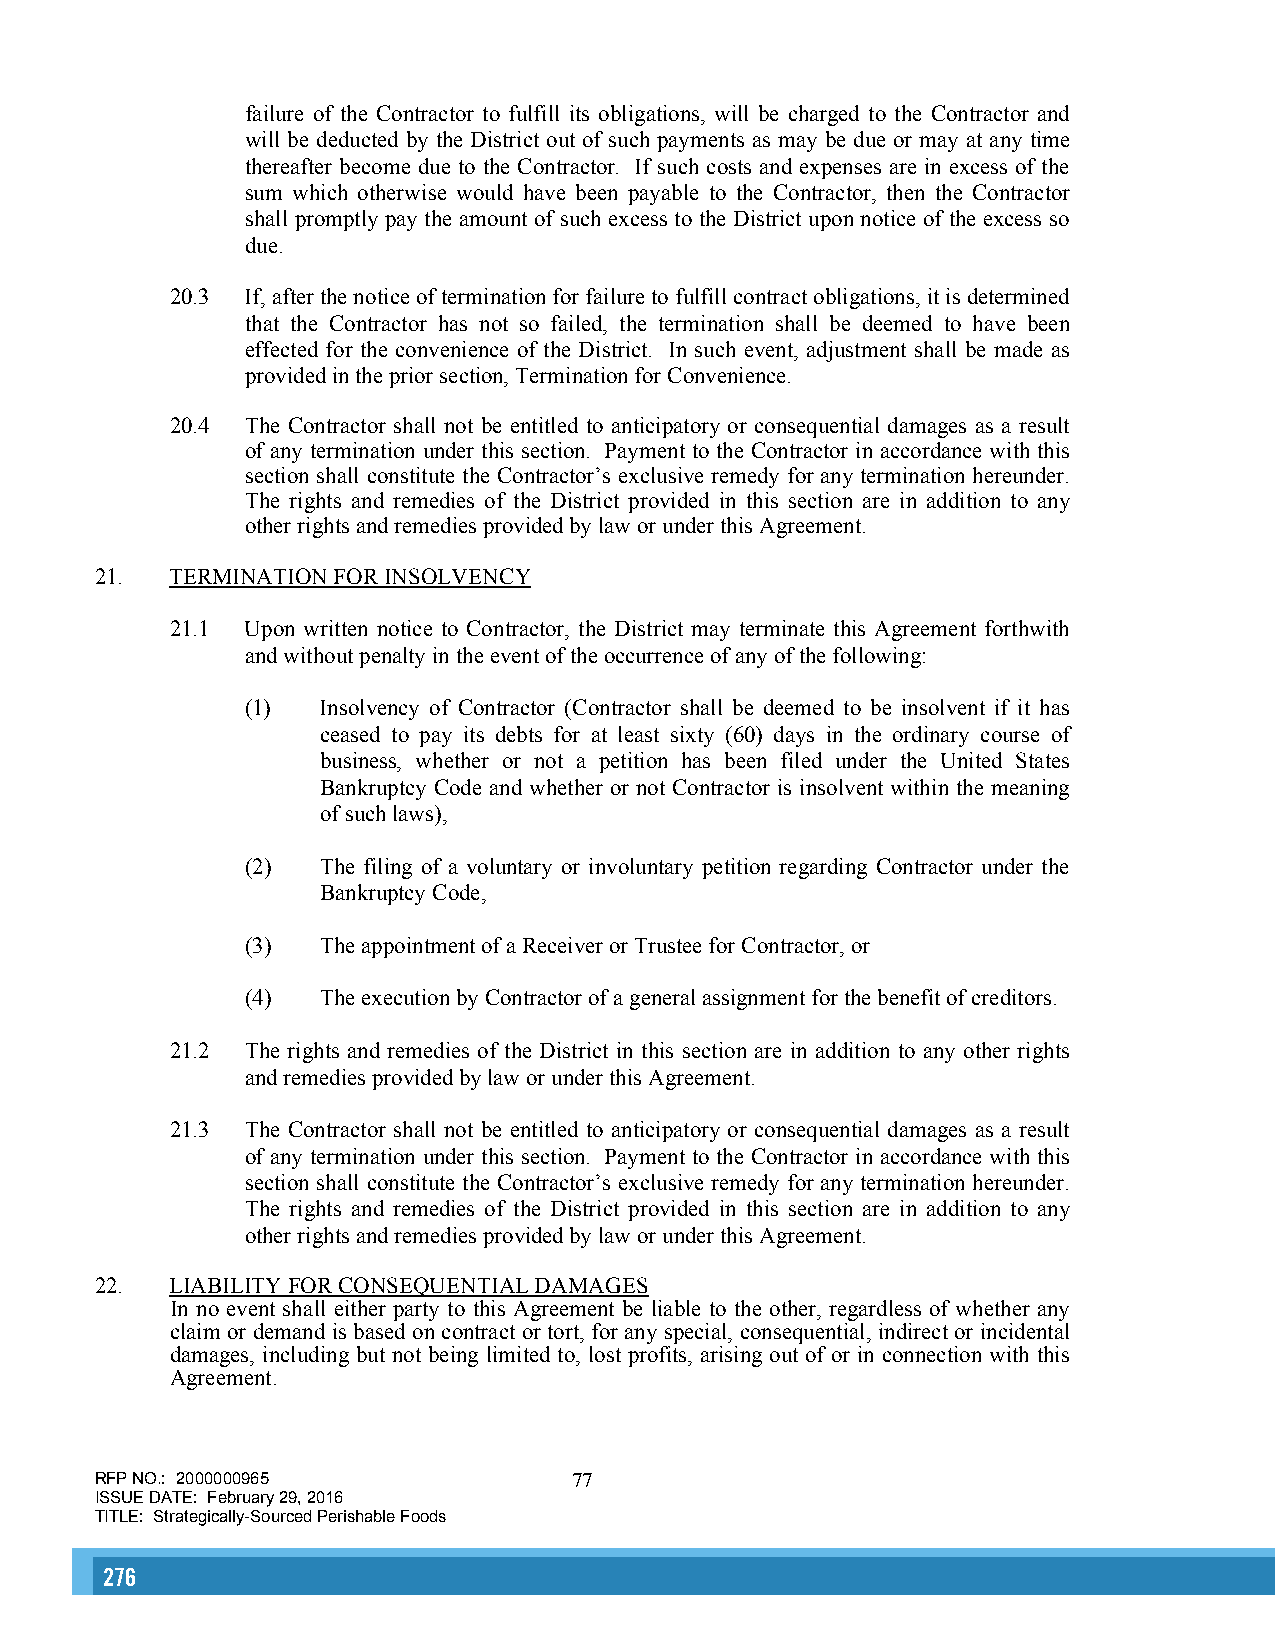
failure of the Contractor to fulfill its obligations, will be charged to the Contractor and
 will be deducted by the District out of such payments as may be due or may at any time
 thereafter become due to the Contractor. If such costs and expenses are in excess of the
 sum which otherwise would have been payable to the Contractor, then the Contractor
 shall promptly pay the amount of such excess to the District upon notice of the excess so
 due.
 20.3 If, after the notice of termination for failure to fulfill contract obligations, it is determined
 that the Contractor has not so failed, the termination shall be deemed to have been
 effected for the convenience of the District. In such event, adjustment shall be made as
 provided in the prior section, Termination for Convenience.
 20.4 The Contractor shall not be entitled to anticipatory or consequential damages as a result
 of any termination under this section. Payment to the Contractor in accordance with this
 section shall constitute the Contractor’s exclusive remedy for any termination hereunder.
 The rights and remedies of the District provided in this section are in addition to any
 other rights and remedies provided by law or under this Agreement.
 21.  TERMINATION FOR INSOLVENCY
 21.1 Upon written notice to Contractor, the District may terminate this Agreement forthwith
 and without penalty in the event of the occurrence of any of the following:
 (1)  Insolvency of Contractor (Contractor shall be deemed to be insolvent if it has
 ceased to pay its debts for at least sixty (60) days in the ordinary course of
 business, whether or not a petition has been filed under the United States
 Bankruptcy Code and whether or not Contractor is insolvent within the meaning
 of such laws),
 (2)  The filing of a voluntary or involuntary petition regarding Contractor under the
 Bankruptcy Code,
 (3)  The appointment of a Receiver or Trustee for Contractor, or
 (4)  The execution by Contractor of a general assignment for the benefit of creditors.
 21.2 The rights and remedies of the District in this section are in addition to any other rights
 and remedies provided by law or under this Agreement.
 21.3 The Contractor shall not be entitled to anticipatory or consequential damages as a result
 of any termination under this section. Payment to the Contractor in accordance with this
 section shall constitute the Contractor’s exclusive remedy for any termination hereunder.
 The rights and remedies of the District provided in this section are in addition to any
 other rights and remedies provided by law or under this Agreement.
 22.  LIABILITY FOR CONSEQUENTIAL DAMAGES
 In no event shall either party to this Agreement be liable to the other, regardless of whether any
 claim or demand is based on contract or tort, for any special, consequential, indirect or incidental
 damages, including but not being limited to, lost profits, arising out of or in connection with this
 Agreement.
 RFP NO.: 2000000965             77
 ISSUE DATE: February 29, 2016
 TITLE: Strategically-Sourced Perishable Foods
 276                                                                                                                                                      277